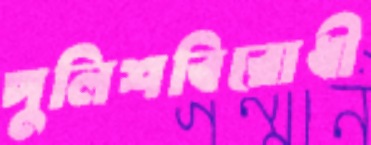
পুলিশবিরোধী